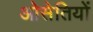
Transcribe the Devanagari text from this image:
ओसेतियों